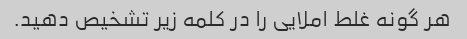
هر گونه غلط املایی را در کلمه زیر تشخیص دهید.